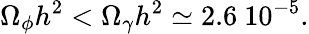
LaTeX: \Omega_{\phi}h^{2}<\Omega_{\gamma}h^{2}\simeq 2.6\ 10^{-5}.